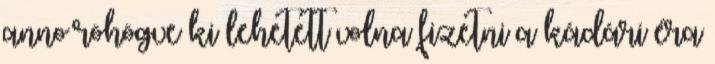
anno röhögve ki lehetett volna fizetni a kádári éra